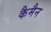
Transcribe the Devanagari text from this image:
कैमैन